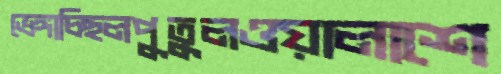
ভেঙ্গাচ্ছিলপুতুলওয়ালাশে